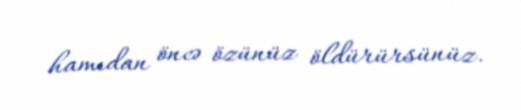
hamıdan öncə özünüz öldürürsünüz.